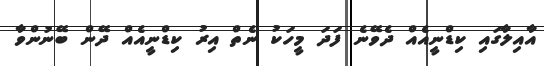
އާއިލާގައި ކިޑްނީއެއް ދެވޭނެ ފަދަ މީހަކު ނެތް އިރު ކިޑްނީއެއް ދޭން ބޭނުންވާ